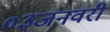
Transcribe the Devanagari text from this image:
०३जनवरी